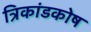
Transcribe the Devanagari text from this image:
त्रिकांडकोष